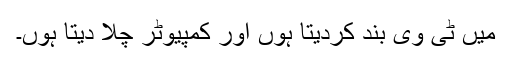
میں ٹی وی بند کردیتا ہوں اور کمپیوٹر چلا دیتا ہوں۔